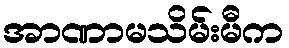
အာဏာမသိမ်းမီက